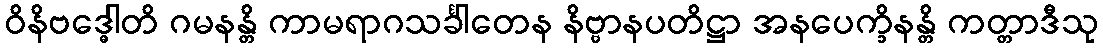
ဝိနိဗဒ္ဓေါတိ ဂမနန္တိ ကာမရာဂသင်္ခါတေန နိဗ္ဗာနပတိဋ္ဌာ အနပေက္ခိနန္တိ ကတ္တာဒီသု